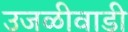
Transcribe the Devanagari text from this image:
उजळीवाडी